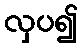
လှပ၍